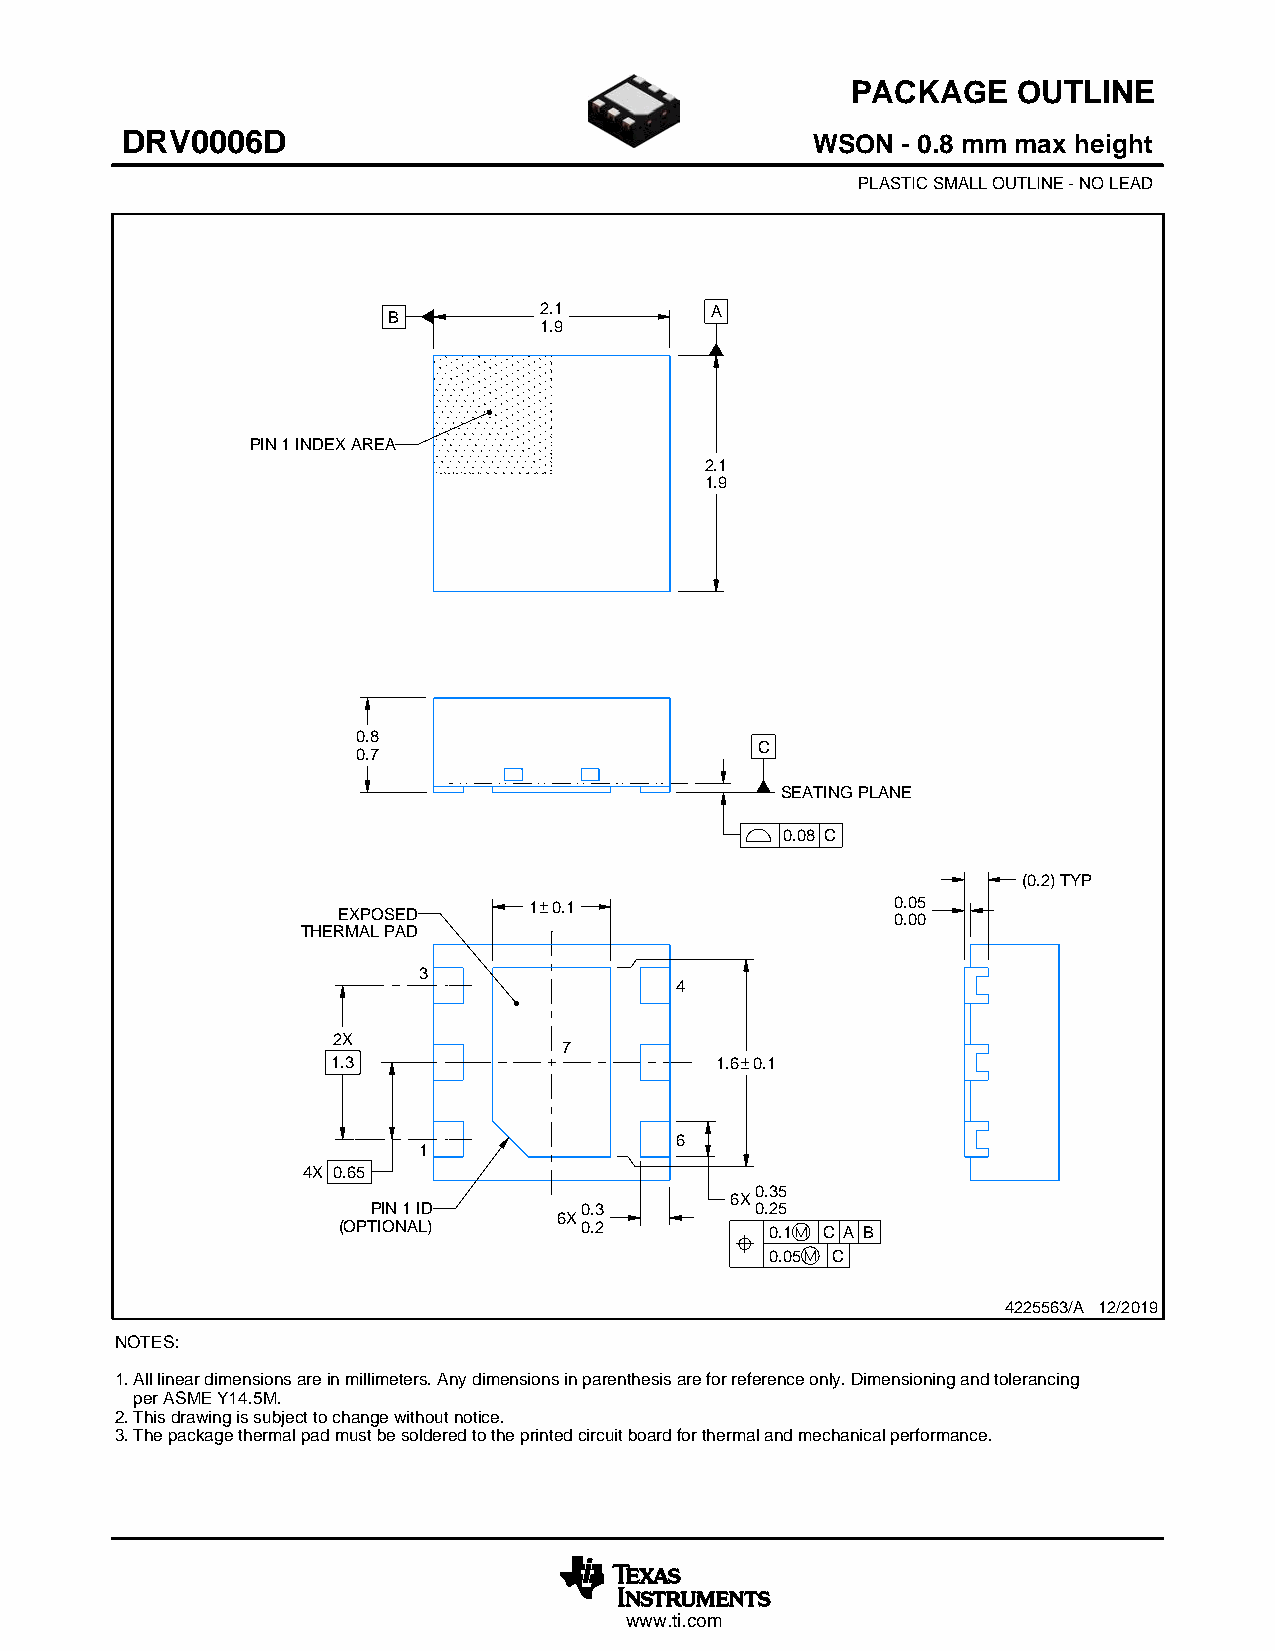
PACKAGE    OUTLINE
 DRV0006D                                      WSON  - 0.8 mm max height
 SCALE 5.500
 PLASTIC SMALL OUTLINE - NO LEAD
 B         2.1        A
 1.9
 PIN 1 INDEX AREA
 2.1
 1.9
 0.8
 C
 0.7
 SEATING PLANE
 0.08 C
 (0.2) TYP
 1 0.1                   0.05
 EXPOSED                              0.00
 THERMAL PAD
 3
 4
 2X
 7
 1.3                      1.6 0.1
 6
 1
 4X 0.65
 0.35
 6X
 PIN 1 ID     0.3         0.25
 6X
 (OPTIONAL)      0.2          0.1 C A B
 0.05 C
 4225563/A 12/2019
 NOTES:
 1. All linear dimensions are in millimeters. Any dimensions in parenthesis are for reference only. Dimensioning and tolerancing
 per ASME Y14.5M.
 2. This drawing is subject to change without notice.
 3. The package thermal pad must be soldered to the printed circuit board for thermal and mechanical performance.
 www.ti.com